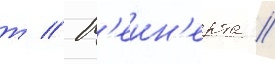
т // М'еин'ерта //